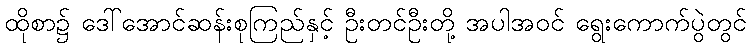
ထိုစာ၌ ဒေါ်အောင်ဆန်းစုကြည်နှင့် ဦးတင်ဦးတို့ အပါအဝင် ရွေးကောက်ပွဲတွင်